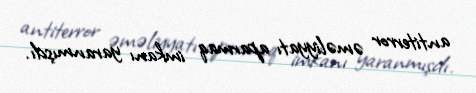
antiterror əməliyyatı aparmaq imkanı yaranmışdı.